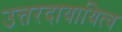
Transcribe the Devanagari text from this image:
उत्तरदायायित्व